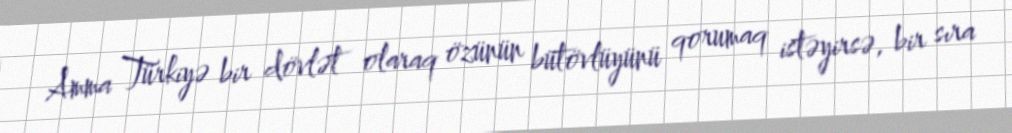
Amma Türkiyə bir dövlət olaraq özünün bütövlüyünü qorumaq istəyirsə, bir sıra